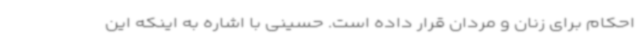
احکام برای زنان و مردان قرار داده است. حسینی با اشاره به اینکه این